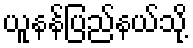
ယူနန်ပြည်နယ်သို့